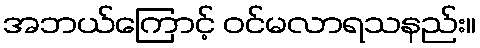
အဘယ်ကြောင့် ဝင်မလာရသနည်း။